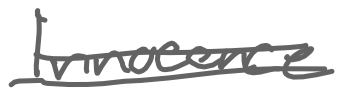
Text: Innocence
Cross-out: double-line
Writing tool: digital_gray